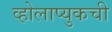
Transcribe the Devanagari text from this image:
व्होलाप्युकची